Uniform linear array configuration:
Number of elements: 24
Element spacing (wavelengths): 1
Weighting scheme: exponential
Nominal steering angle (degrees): -45
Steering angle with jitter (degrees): -43.857
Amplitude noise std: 0.05
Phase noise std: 0.05

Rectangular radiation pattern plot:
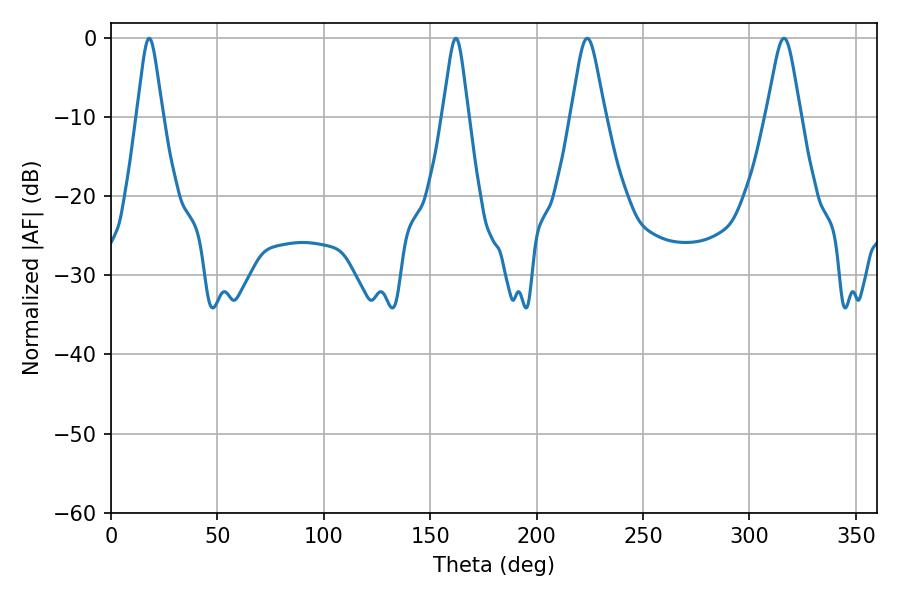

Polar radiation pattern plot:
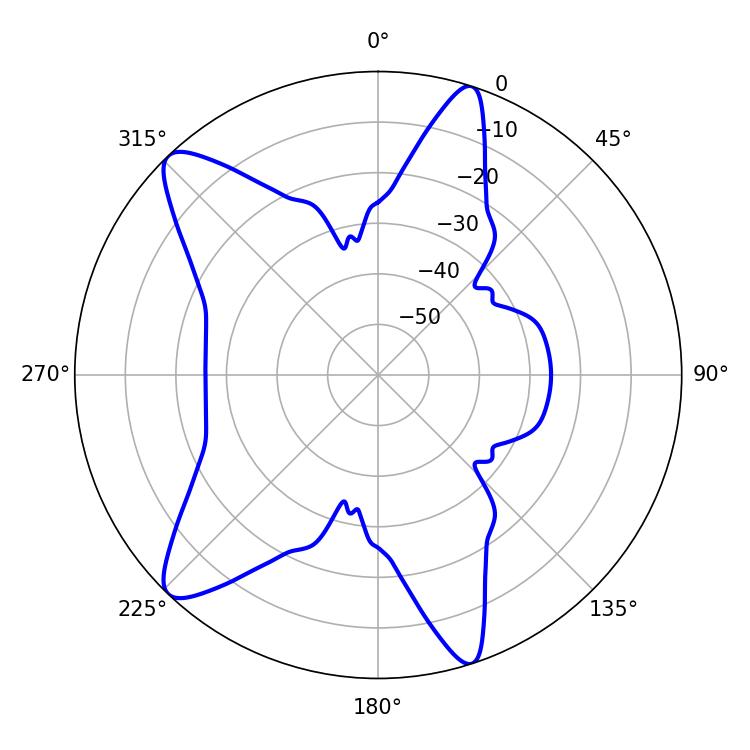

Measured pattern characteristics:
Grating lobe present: TRUE
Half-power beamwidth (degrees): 7.74
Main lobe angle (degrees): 223.74